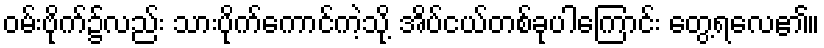
ဝမ်းဗိုက်၌လည်း သားပိုက်ကောင်ကဲ့သို့ အိပ်ငယ်တစ်ခုပါကြောင်း တွေ့ရလေ၏။